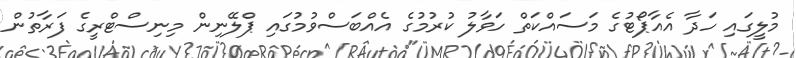
މުލީގައި ހަދާ އެއާޕޯޓުގެ މަސައްކަތް ހަވާލު ކުރުމުގެ އެއްބަސްވުމުގައި ޕްލޭނިން މިނިސްޓްރީގެ ފަރާތުން